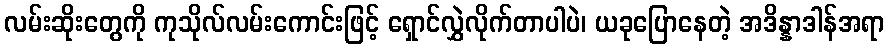
လမ်းဆိုးတွေကို ကုသိုလ်လမ်းကောင်းဖြင့် ရှောင်လွှဲလိုက်တာပါပဲ၊ ယခုပြောနေတဲ့ အဒိန္နာဒါန်အရာ